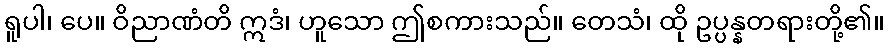
ရူပါ၊ ပေ။ ဝိညာဏံတိ ဣဒံ၊ ဟူသော ဤစကားသည်။ တေသံ၊ ထို ဥပ္ပန္နတရားတို့၏။